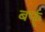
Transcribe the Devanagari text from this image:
बर्फ्